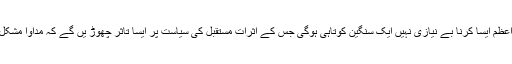
جنابِ وزیر اعظم ایسا کرنا بے نیازی نہیں ایک سنگین کوتاہی ہوگی جس کے اثرات مستقبل کی سیاست پر ایسا تاثر چھوڑ یں گے کہ مداوا مشکل ہوسکتا ہے۔